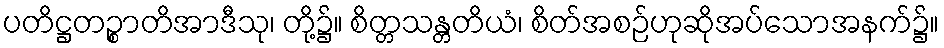
ပတိဋ္ဌတဉ္စာတိအာဒီသု၊ တို့၌။ စိတ္တသန္တတိယံ၊ စိတ်အစဉ်ဟုဆိုအပ်သောအနက်၌။